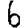
Digit: 6